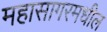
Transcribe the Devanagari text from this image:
महासागरमधील